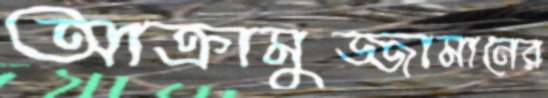
আক্রামুজ্জামানের